Report on vaccination in the Province of Bengal - 1869-1873
Year: 1869
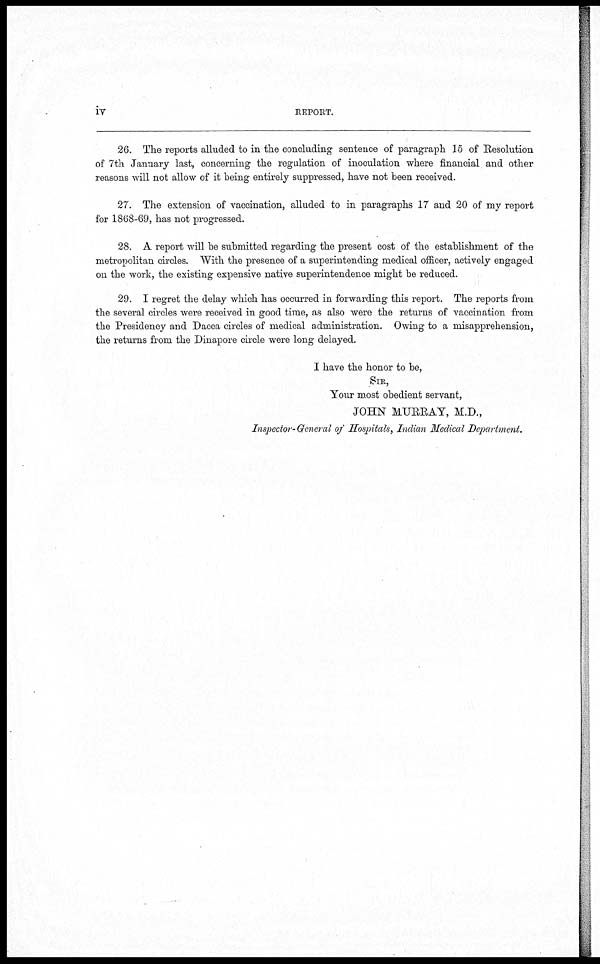
iv
REPORT.
26. The reports alluded to in the concluding sentence of paragraph 15 of Resolution
of 7th January last, concerning the regulation of inoculation where financial and other
reasons will not allow of it being entirely suppressed, have not been received.
27. The extension of vaccination, alluded to in paragraphs 17 and 20 of my report
for 1868-69, has not progressed.
28. A report will be submitted regarding the present cost of the establishment of the
metropolitan circles. With the presence of a superintending medical officer, actively engaged
on the work, the existing expensive native superintendence might be reduced.
29. I regret the delay which has occurred in forwarding this report. The reports from
the several circles were received in good time, as also were the returns of vaccination from
the Presidency and Dacca circles of medical administration. Owing to a misapprehension,
the returns from the Dinapore circle were long delayed.
I have the honor to be,
SIR,
Your most obedient servant,
JOHN MURRAY, M.D.,
Inspector-General of Hospitals, Indian Medical Department.